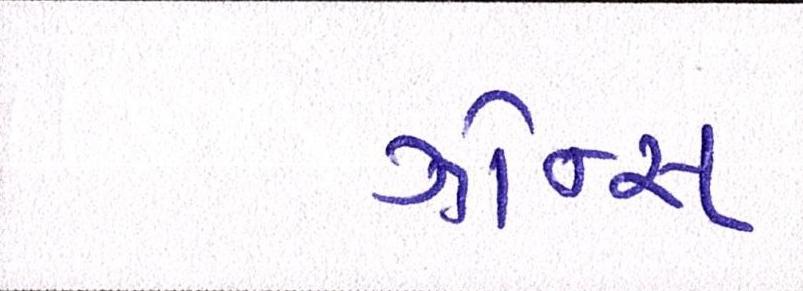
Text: ઝોન્સ